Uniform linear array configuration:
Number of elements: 32
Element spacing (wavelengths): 0.5
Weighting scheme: binomial
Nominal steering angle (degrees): -60
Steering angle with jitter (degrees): -61.443
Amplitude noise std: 0.05
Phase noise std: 0.05

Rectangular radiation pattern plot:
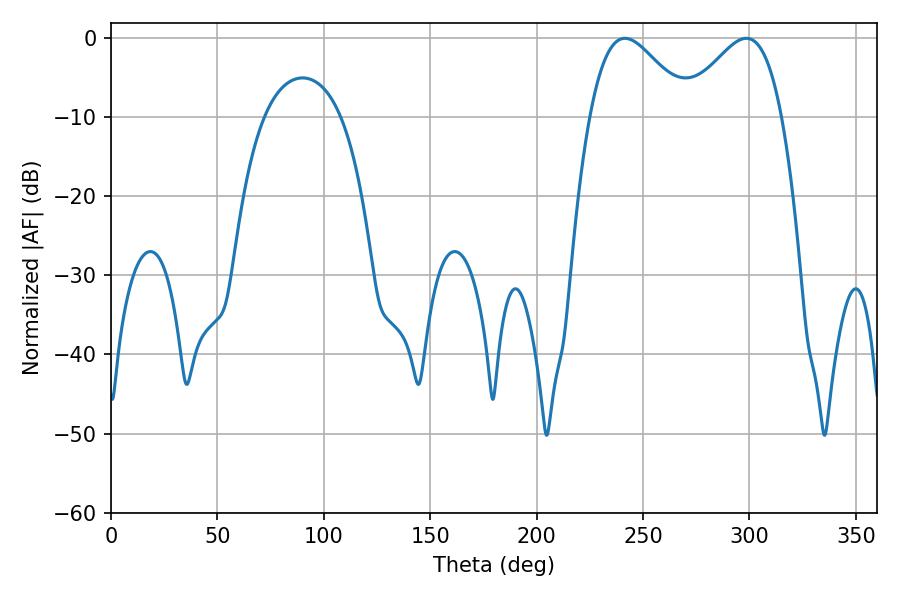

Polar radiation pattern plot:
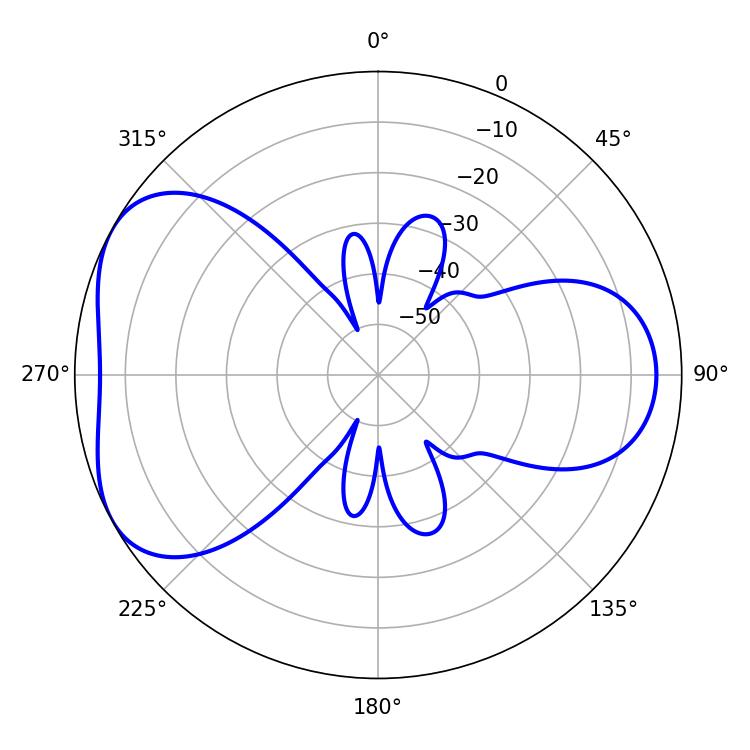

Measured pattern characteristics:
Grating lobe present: FALSE
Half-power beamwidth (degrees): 24.84
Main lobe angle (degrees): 241.56